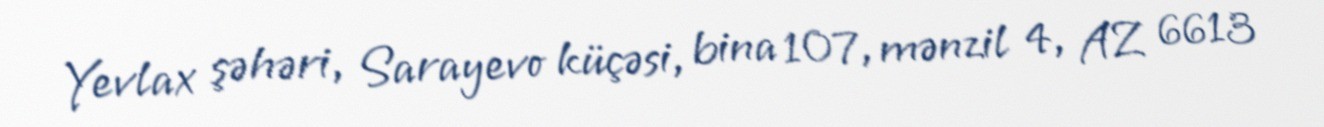
Yevlax şəhəri, Sarayevo küçəsi, bina 107, mənzil 4, AZ 6613